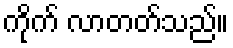
ကိုက် လာတတ်သည်။